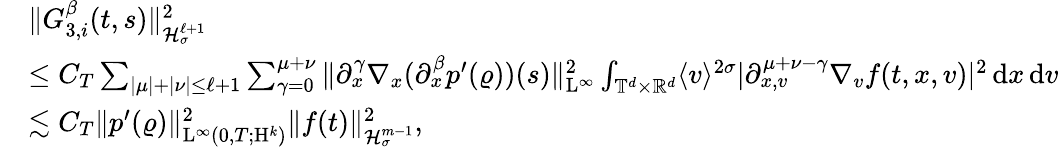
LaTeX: \begin{array}{rl}&{\Vert G_{3,i}^{\beta}(t,s)\Vert_{\mathcal{H}_{\sigma}^{\ell+1}}^{2}}\\ &{\leq C_{T}\sum_{\vert\mu\vert+\vert\nu\vert\leq\ell+1}\sum_{\gamma=0}^{\mu+\nu}\Vert\partial_{x}^{\gamma}\nabla_{x}(\partial_{x}^{\beta}p^{\prime}(\varrho))(s)\Vert_{\mathrm{L}^{\infty}}^{2}\int_{\mathbb T^{d}\times\mathbb R^{d}}\langle v\rangle^{2\sigma}\vert\partial_{x,v}^{\mu+\nu-\gamma}\nabla_{v}f(t,x,v)\vert^{2}\, \mathrm{d}x\, \mathrm{d}v}\\ &{\lesssim C_{T}\Vert p^{\prime}(\varrho)\Vert_{\mathrm{L}^{\infty}(0,T;\mathrm{H}^{k})}^{2}\Vert f(t)\Vert_{\mathcal{H}_{\sigma}^{m-1}}^{2},}\end{array}